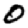
Digit: 0